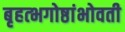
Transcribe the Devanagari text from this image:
बृहत्भगोष्ठांभोवती